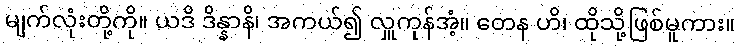
မျက်လုံးတို့ကို။ ယဒိ ဒိန္နာနိ၊ အကယ်၍ လှူကုန်အံ့။ တေန ဟိ၊ ထိုသို့ဖြစ်မူကား။